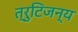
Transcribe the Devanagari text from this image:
त्रुटिजन्य